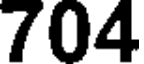
704